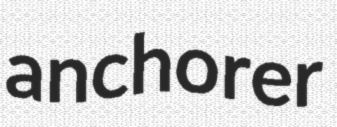
anchorer